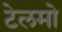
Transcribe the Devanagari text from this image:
टेलमो